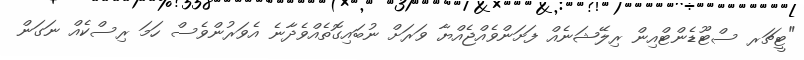
"ޓީޗަރ ސްޓޫޑެންޓްއިން ރިލޭޝަނެއް ފަށަންވެއްޖެއްޔާ ވަރަށް ނުބައިގޮތެއްވެދާނެ އެވަރުންވެސް ހަމަ ރިސްކެއް ނަގަން